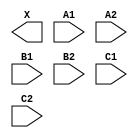
module sky130_fd_sc_ls__a222o (
    X ,
    A1,
    A2,
    B1,
    B2,
    C1,
    C2
);

    output X ;
    input  A1;
    input  A2;
    input  B1;
    input  B2;
    input  C1;
    input  C2;

    // Voltage supply signals
    supply1 VPWR;
    supply0 VGND;
    supply1 VPB ;
    supply0 VNB ;

endmodule